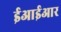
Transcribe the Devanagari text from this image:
ईआईआर